Vaccination in Burma 1920-1933 - 1920-1933
Year: 1920
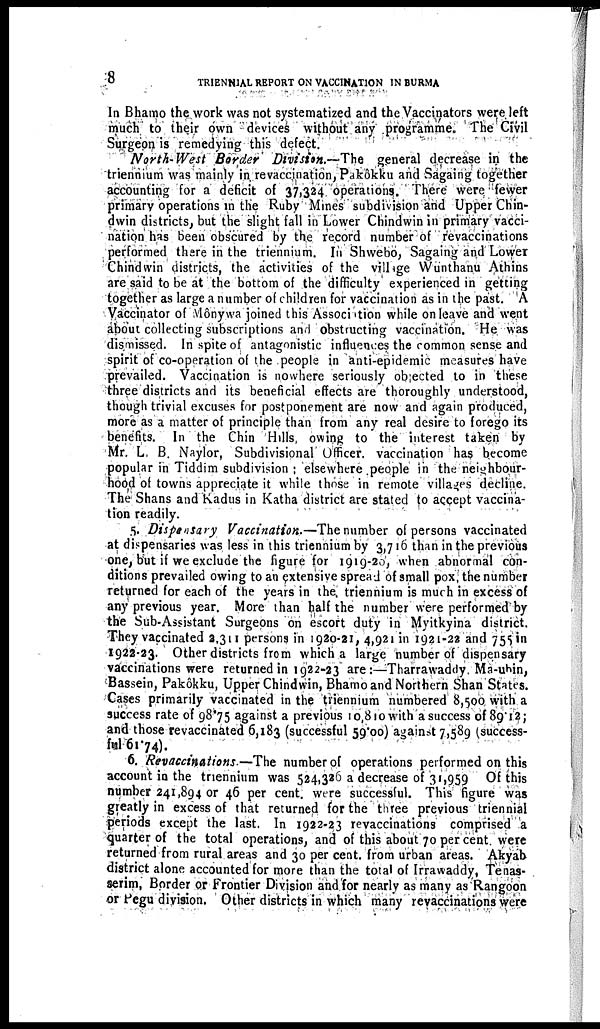
8
TRIENNIAL REPORT ON VACCINATION IN BURMA
In Bhamo the work was not systematized and the Vaccinators were left
much to their own devices without any programme. The Civil
Surgeon is remedying this defect.
North-West
Border Division.—The
general decrease in the
triennium was mainly in, revaccination, Pakôkku and Sagaing together
accounting for a deficit of 37,324 operations. There were fewer
primary operations in the Ruby Mines subdivision and Upper Chin-
dwin districts, but the slight fall in Lower Chindwin in primary vacci-
nation has been obscured by the record number of revaccinations
performed there in the triennium. In Shwebo, Sagaing and Lower
Chindwin districts, the activities of the village Wunthanu Athins
are said to be at the bottom of the difficulty experienced in getting
together as large a number of children for vaccination as in the past. A
Vaccinator of Mônywa joined this Association while on leave and went
about collecting subscriptions and obstructing vaccination. He was
dismissed. In spite of antagonistic influences the common sense and
spirit of co-operation of the people in anti-epidemic measures have
prevailed. Vaccination is nowhere seriously objected to in these
three districts and its beneficial effects are thoroughly understood,
though trivial excuses for postponement are now and again produced,
more as a matter of principle than from any real desire to forego its
benefits. In the Chin Hills, owing to the interest taken by
Mr. L. B. Naylor, Subdivisional Officer, vaccination has become
popular in Tiddim subdivision ; elsewhere people in the neighbour-
hood of towns appreciate it while those in remote villages decline.
The Shans and Kadus in Katha district are stated to accept vaccina-
tion readily.
5. Dispensary Vaccination.—The number of persons vaccinated
at dispensaries was less in this triennium by 3,716 than in the previous
one, but if we exclude the figure for 1919-20, when abnormal con-
ditions prevailed owing to an extensive spread of small pox, the number
returned for each of the years in the. triennium is much in excess of
any previous year. More than half the number were performed by
the Sub-Assistant Surgeons on escort duty in Myitkyina district.
They vaccinated 2,311 persons in 1920-21, 4,921 in 1921-22 and 755 in
1922-23. Other districts from which a large number of dispensary
vaccinations were returned in 1922-23 are:—Tharrawaddy. Ma-ubin,
Bassein, Pakôkku, Upper Chindwin, Bhamo and Northern Shan States.
Cases primarily vaccinated in the triennium numbered 8,500 with a
success rate of 98.75 against a previous 10,810 with a success of 89.12;
and those revaccinated 6,183 (successful 59.00) against 7,589 (success-
ful 61.74).
6. Revaccinations.—The number of operations performed on this
account in the triennium was 524,326 a decrease of 31,959 of this
number 241,894 or 46 per cent. were successful. This figure was
greatly in excess of that returned for the three previous triennial
periods except the last. In 1922-23 revaccinations comprised a
quarter of the total operations, and of this about 70 per cent. were
returned from rural areas and 30 per cent. from urban areas. Akyab
district alone accounted for more than the total of Irrawaddy. Tenas-
serim, Border or Frontier Division and for nearly as many as Rangoon
or Pegu division. Other districts in which many revaccinations were